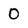
Character: 0